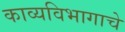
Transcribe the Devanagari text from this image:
काव्यविभागाचे